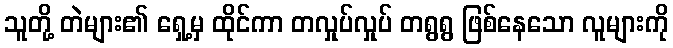
သူတို့ တဲများ၏ ရှေ့မှ ထိုင်ကာ တလှုပ်လှုပ် တရွရွ ဖြစ်နေသော လူများကို